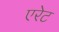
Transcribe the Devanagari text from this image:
एरेट